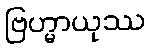
ဗြဟ္မာယုဿ